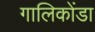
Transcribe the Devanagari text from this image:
गालिकोंडा